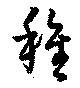
稚